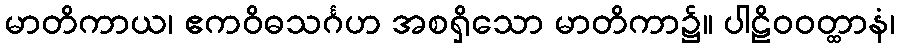
မာတိကာယ၊ ဧကဝိဓသင်္ဂဟ အစရှိသော မာတိကာ၌။ ပါဠိဝဝတ္ထာနံ၊